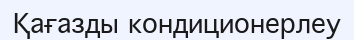
Қағазды кондиционерлеу